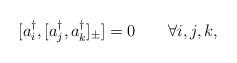
LaTeX: \begin{align*}[a^{\dagger}_i,[a^{\dagger}_j,a^{\dagger}_k]_{\pm}]=0 \qquad \forall i,j,k ,\end{align*}